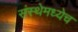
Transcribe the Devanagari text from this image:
संस्थेमध्येच